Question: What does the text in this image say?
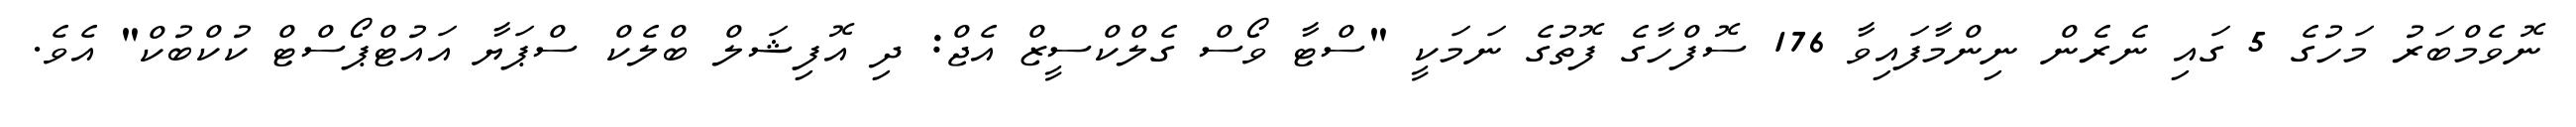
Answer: ނޮވެމްބަރު މަހުގެ 5 ގައި ނެރެން ނިންމާފައިވާ 176 ސޮފްހާގެ ފޮތުގެ ނަމަކީ "ސްޓާ ވޯސް ގެލްކްސީޒް އެޖް: ދި އޮފިޝަލް ބްލެކް ސްޕަޔާ އައުޓްޕޯސްޓް ކުކްބުކް" އެވެ.